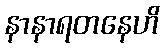
နာနာရတနေဟိ